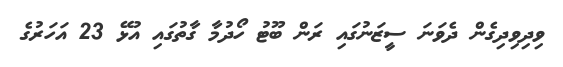
ވިދިވިދިގެން ދެވަނަ ސީޒަނުގައި ރަން ބޫޓު ހޯދުމާ ގާތުގައި އުޅޭ 23 އަހަރުގެ